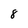
Character: 8